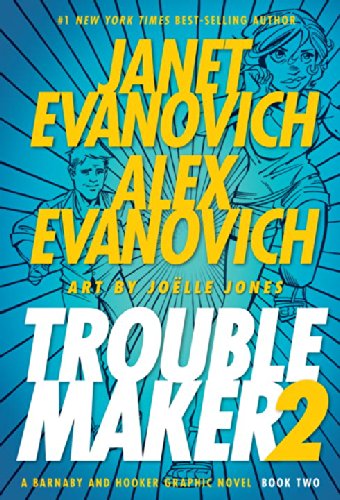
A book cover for Troublemaker Book 2; Janet Evanovich; Comics & Graphic Novels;